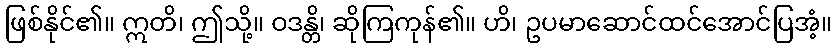
ဖြစ်နိုင်၏။ ဣတိ၊ ဤသို့။ ဝဒန္တိ၊ ဆိုကြကုန်၏။ ဟိ၊ ဥပမာဆောင်ထင်အောင်ပြအံ့။